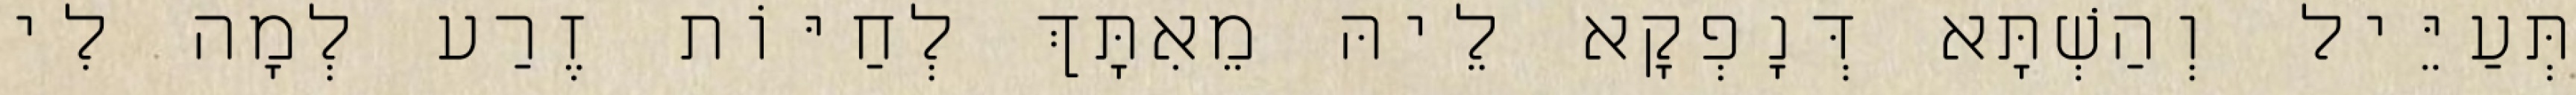
תְּעַיֵּיל וְהַשְׁתָּא דְּנָפְקָא לֵיהּ מֵאִתָּךְ לְחַיּוֹת זֶרַע לְמָה לִי